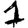
Digit: 1